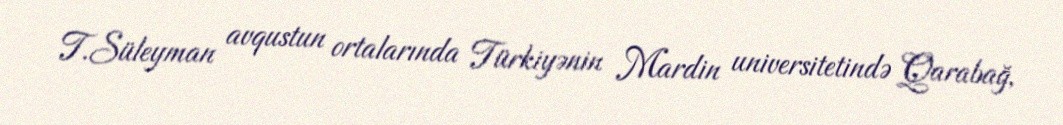
T.Süleyman avqustun ortalarında Türkiyənin Mardin universitetində Qarabağ,